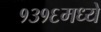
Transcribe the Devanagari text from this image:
१३१६मध्ये